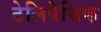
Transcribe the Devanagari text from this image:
टेलिपेथिक